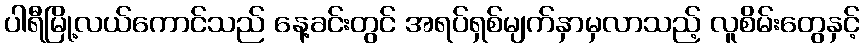
ပါရီမြို့လယ်ကောင်သည် နေ့ခင်းတွင် အရပ်ရှစ်မျက်နှာမှလာသည့် လူစိမ်းတွေနှင့်